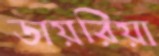
ডায়রিয়া